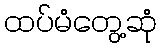
ထပ်မံတွေ့ဆုံ